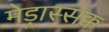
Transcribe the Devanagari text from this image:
मेड्रास्सक्क